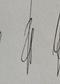
Signature authenticity: genuine